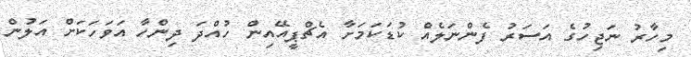
މިހާރު ނަޖިހުގެ އަސަރު ފެންނަލެއް ކުޑަކަމަށާ އެޗްޕީއޭއިން ހުއްދަ ދިންހާ އަވަހަކަށް އަލުން